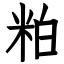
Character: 粕